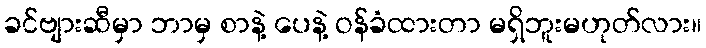
ခင်ဗျားဆီမှာ ဘာမှ စာနဲ့ ပေနဲ့ ဝန်ခံထားတာ မရှိဘူးမဟုတ်လား။